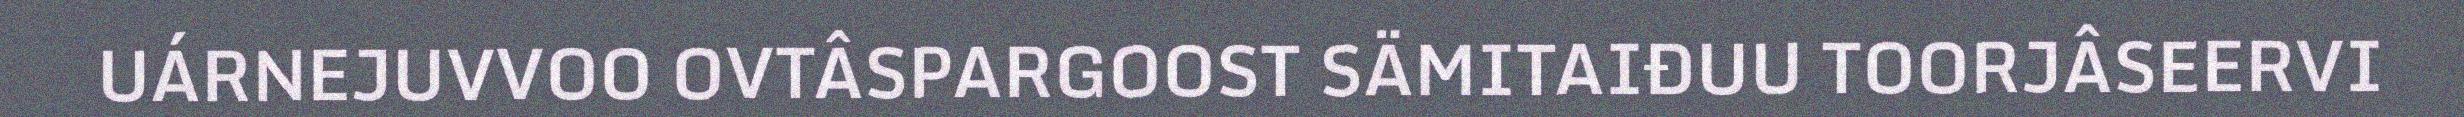
UÁRNEJUVVOO OVTÂSPARGOOST SÄMITAIĐUU TOORJÂSEERVI